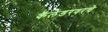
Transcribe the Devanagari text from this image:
कॅलेंडरवरचे